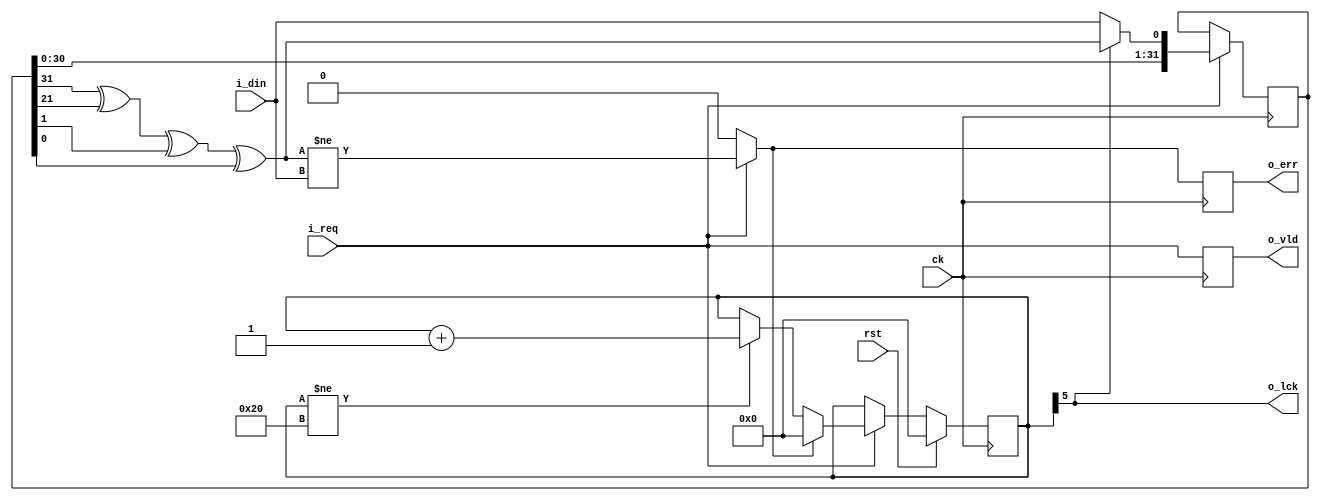
module prbs_lfsr_rx (
input		ck,
input		rst,
input		i_req,
input		i_din,
output	      	o_lck,
output	      	o_err,
output	      	o_vld
);
   reg 	[31:0]	r_lfsr;
   wire         c_xor_in = r_lfsr[31] ^ r_lfsr[21] ^ r_lfsr[1] ^ r_lfsr[0];
   always @(posedge ck) begin
      if (i_req) begin
	 if (o_lck) begin
	    r_lfsr <= {r_lfsr[30:0], c_xor_in};
	 end else begin
	    r_lfsr <= {r_lfsr[30:0], i_din};
	 end
      end
      else begin
	 r_lfsr <= r_lfsr;
      end
   end
   wire 	c_input_err = i_req ? (c_xor_in != i_din) : 1'b0;
   reg 		r_input_err;
   reg [5:0] 	r_lock_cnt;
   always @(posedge ck) begin
      if (rst) begin
	 r_lock_cnt <= 6'b0;
      end
      else if (i_req) begin
	 if (c_input_err) begin
	    r_lock_cnt <= 6'b0;
	 end
	 else begin
	    if (r_lock_cnt != 6'd32) begin
	       r_lock_cnt <= r_lock_cnt + 6'd1;
	    end else begin
	       r_lock_cnt <= r_lock_cnt;
	    end
	 end
      end
      else begin
	 r_lock_cnt <= r_lock_cnt;
      end
      r_input_err <= c_input_err;
   end
   assign o_lck = r_lock_cnt[5];
   assign o_err = r_input_err;
   reg 		r_t2_vld;
   always @(posedge ck) begin
      r_t2_vld <= i_req;
   end
   assign o_vld = r_t2_vld;
endmodule